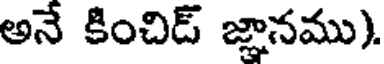
అనే కించిడ్ జ్ఞానము).